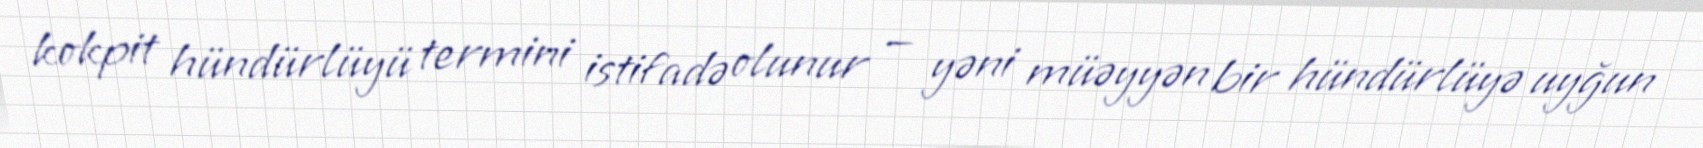
kokpit hündürlüyü termini istifadə olunur — yəni müəyyən bir hündürlüyə uyğun